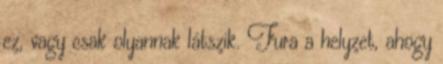
ez, vagy csak olyannak látszik. Fura a helyzet, ahogy